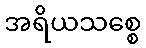
အရိယသစ္စေ